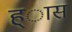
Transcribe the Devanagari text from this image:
ह्ास